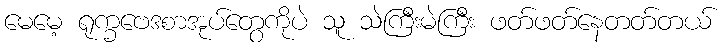
မေမေ့ ရုက္ခဗေဒစာအုပ်တွေကိုပဲ သူ သဲကြီးမဲကြီး ဖတ်ဖတ်နေတတ်တယ်